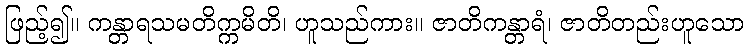
ဖြည့်၍။ ကန္တာရသမတိက္ကမိတိ၊ ဟူသည်ကား။ ဇာတိကန္တာရံ၊ ဇာတိတည်းဟူသော